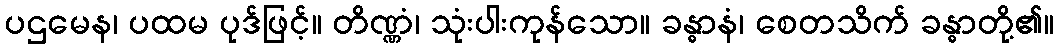
ပဌမေန၊ ပထမ ပုဒ်ဖြင့်။ တိဏ္ဏံ၊ သုံးပါးကုန်သော။ ခန္ဓာနံ၊ စေတသိက် ခန္ဓာတို့၏။